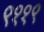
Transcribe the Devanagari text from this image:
९११९